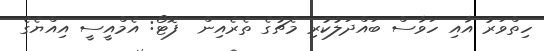
ހިތްވަރު އާއި ހަވާސް ބައްދަލުކުރި މެޗުގެ ތެރެއިން  ފޮޓޯ: އެމްއީސީ އިއްޔެގެ